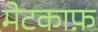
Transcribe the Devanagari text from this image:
मेटकाफ़